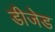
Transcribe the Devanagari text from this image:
डीजेड